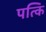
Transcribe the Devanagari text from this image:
पत्कि